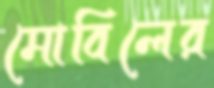
মোবিলের